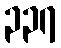
၃၃၇